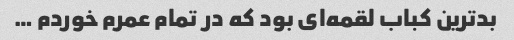
بدترین کباب لقمه‌ای بود که در تمام عمرم خوردم …